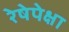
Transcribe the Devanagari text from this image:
रेषेपेक्षा